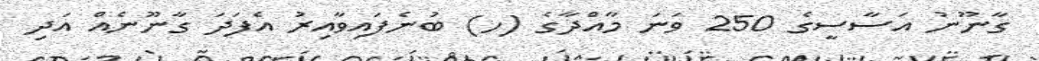
ގާނޫނު އަސާސީގެ 250 ވަނަ މާއްދާގެ (ހ) ބުނެފައިވާއިރު އެފަދަ ގާނޫނެއް އަދި